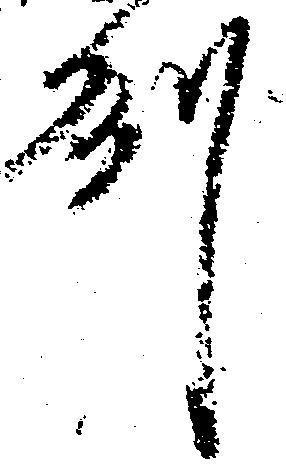
州